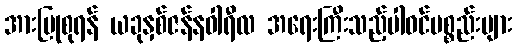
အားပြုစုရန် ယခုနှစ်ဇန်နဝါရီလ အရေးကြီးသည့်ပါဝင်ပစ္စည်းများ